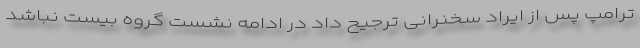
ترامپ پس از ایراد سخنرانی ترجیح داد در ادامه نشست گروه بیست نباشد